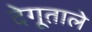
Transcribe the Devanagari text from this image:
देगूताले